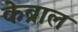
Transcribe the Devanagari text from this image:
केब्राल